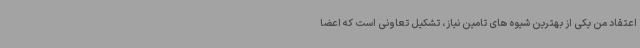
اعتقاد من یکی از بهترین شیوه های تامین نیاز، تشکیل تعاونی است که اعضا